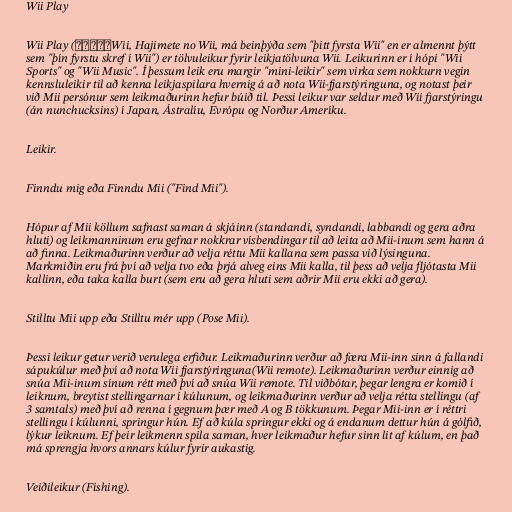
Wii Play

Wii Play (はじめてのWii, Hajimete no Wii, má beinþýða sem "þitt fyrsta Wii" en er almennt þýtt
sem "þín fyrstu skref í Wii") er tölvuleikur fyrir leikjatölvuna Wii. Leikurinn er í hópi "Wii
Sports" og "Wii Music". Í þessum leik eru margir "mini-leikir" sem virka sem nokkurn vegin
kennsluleikir til að kenna leikjaspilara hvernig á að nota Wii-fjarstýringuna, og notast þeir
við Mii persónur sem leikmaðurinn hefur búið til. Þessi leikur var seldur með Wii fjarstýringu
(án nunchucksins) í Japan, Ástralíu, Evrópu og Norður Ameríku.

Leikir.

Finndu mig eða Finndu Mii ("Find Mii").

Hópur af Mii köllum safnast saman á skjáinn (standandi, syndandi, labbandi og gera aðra
hluti) og leikmanninum eru gefnar nokkrar vísbendingar til að leita að Mii-inum sem hann á
að finna. Leikmaðurinn verður að velja réttu Mii kallana sem passa við lýsinguna.
Markmiðin eru frá því að velja tvo eða þrjá alveg eins Mii kalla, til þess að velja fljótasta Mii
kallinn, eða taka kalla burt (sem eru að gera hluti sem aðrir Mii eru ekki að gera).

Stilltu Mii upp eða Stilltu mér upp (Pose Mii).

Þessi leikur getur verið verulega erfiður. Leikmaðurinn verður að færa Mii-inn sinn á fallandi
sápukúlur með því að nota Wii fjarstýringuna(Wii remote). Leikmaðurinn verður einnig að
snúa Mii-inum sínum rétt með því að snúa Wii remote. Til viðbótar, þegar lengra er komið í
leiknum, breytist stellingarnar í kúlunum, og leikmaðurinn verður að velja rétta stellingu (af
3 samtals) með því að renna í gegnum þær með A og B tökkunum. Þegar Mii-inn er í réttri
stellingu í kúlunni, springur hún. Ef að kúla springur ekki og á endanum dettur hún á gólfið,
lýkur leiknum. Ef þeir leikmenn spila saman, hver leikmaður hefur sinn lit af kúlum, en það
má sprengja hvors annars kúlur fyrir aukastig.

Veiðileikur (Fishing).